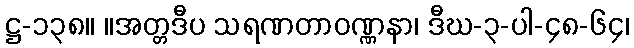
ဋ္ဌ-၁၃၈။ ။အတ္တဒီပ သရဏတာဝဏ္ဏနာ၊ ဒီဃ-၃-ပါ-၄၈-၆၄၊